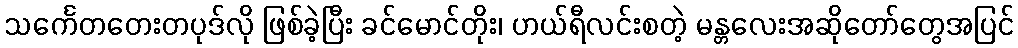
သင်္ကေတတေးတပုဒ်လို ဖြစ်ခဲ့ပြီး ခင်မောင်တိုး၊ ဟယ်ရီလင်းစတဲ့ မန္တလေးအဆိုတော်တွေအပြင်